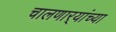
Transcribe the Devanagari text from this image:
चालणार्‍यांच्या